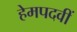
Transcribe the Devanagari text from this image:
हेमपदवीं